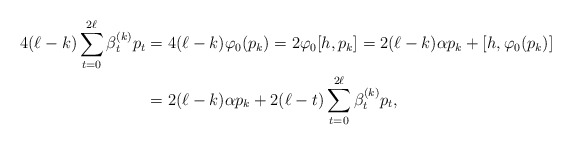
\begin{align*} 4(\ell-k) \sum_{t=0}^{2 \ell} \beta_t^{(k)}p_t &= 4(\ell - k)\varphi_0(p_k)= 2\varphi_0[h,p_k] =2(\ell-k) \alpha p_k+[h, \varphi_0(p_k)]&\\ & =2(\ell-k) \alpha p_k+2(\ell-t) \sum_{t=0}^{2 \ell} \beta_t^{(k)}p_t, & \end{align*}